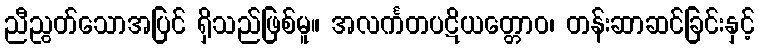
ညီညွတ်သောအပြင် ရှိသည်ဖြစ်မူ။ အလင်္ကတပဋိယတ္တောဝ၊ တန်းဆာဆင်ခြင်းနှင့်